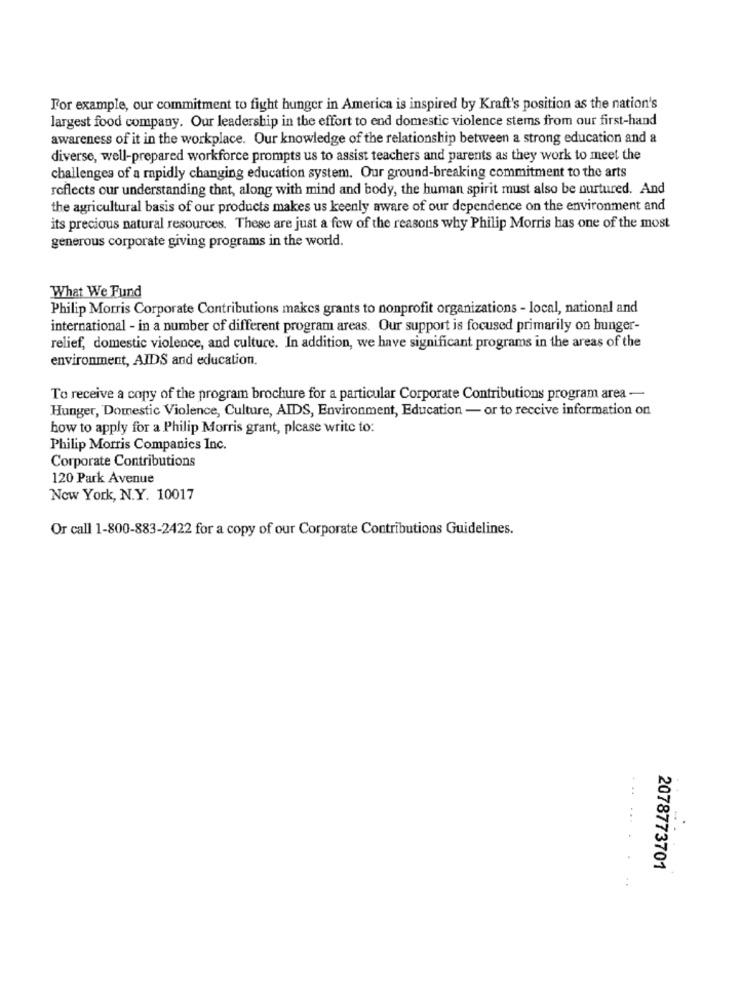
For example, our commitment to fight hunger in America is inspired by Kraft's position as the nation's
largest food company. Our leadership in the effort to end domestic violence stems from our first-hand
awareness of it in the workplace. Our knowledge of the relationship between a strong education and a
diverse, well-prepared workforce prompts us to assist teachers and parents as they work to meet the
challenges of a rapidly changing education system. Our ground-breaking commitment to the arts
reflects our understanding that, along with mind and body, the human spirit must also be nurtured. And
the agricultural basis of our products makes us keenly aware of our dependence on the environment and
its precious natural resources. These are just a few of the reasons why Philip Morris has one of the most
generous corporate giving programs in the world.
What We Fund
Philip Morris Corporate Contributions makes grants to nonprofit organizations - local, national and
international - in a number of different program areas. Our support is focused primarily on hunger-
relief, domestic violence, and culture. In addition, we have significant programs in the areas of the
environment, AIDS and education.
To receive a copy of the program brochure for a particular Corporate Contributions program area -
Hunger, Domestic Violence, Culture, AIDS, Environment, Education - or to receive information on
how to apply for a Philip Morris grant, please write to:
Philip Morris Companies Inc.
Corporate Contributions
120 Park Avenue
New York, N.Y. 10017
Or call 1-800-883-2422 for a copy of our Corporate Contributions Guidelines.
...
2078773701